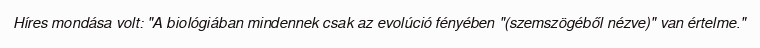
Híres mondása volt: "A biológiában mindennek csak az evolúció fényében "(szemszögéből nézve)" van értelme."